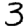
Digit: 3